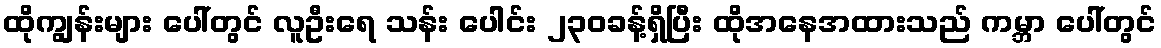
ထိုကျွန်းများ ပေါ်တွင် လူဦးရေ သန်း ပေါင်း ၂၃၀ခန့်ရှိပြီး ထိုအနေအထားသည် ကမ္ဘာ ပေါ်တွင်